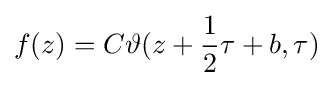
f(z)=C\vartheta (z+{\frac {1}{2}}\tau +b,\tau )